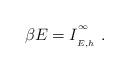
LaTeX: \begin{align*}\beta E=I_{\phantom{}_{E,h}}^{\phantom{}^\infty}\ .\end{align*}